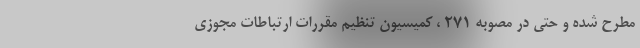
مطرح شده و حتی در مصوبه ۲۷۱ ، کمیسیون تنظیم مقررات ارتباطات مجوزی